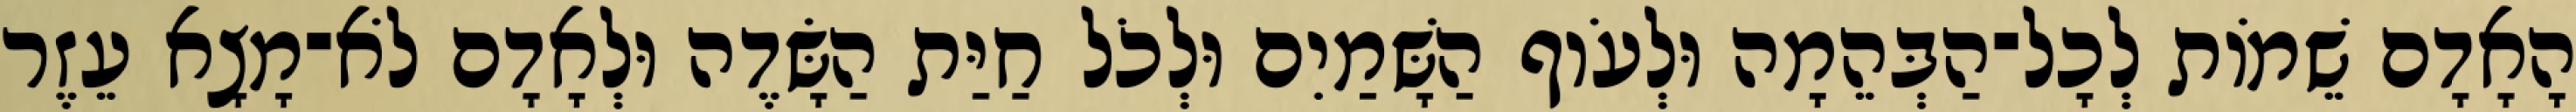
הָאָדָם שֵׁמֹות לְכָל־הַבְּהֵמָה וּלְעֹוף הַשָּׁמַיִם וּלְכֹל חַיַּת הַשָּׂדֶה וּלְאָדָם לֹא־מָצָא עֵזֶר